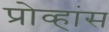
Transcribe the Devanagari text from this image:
प्रोव्हांस